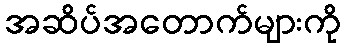
အဆိပ်အတောက်များကို